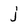
Character: j